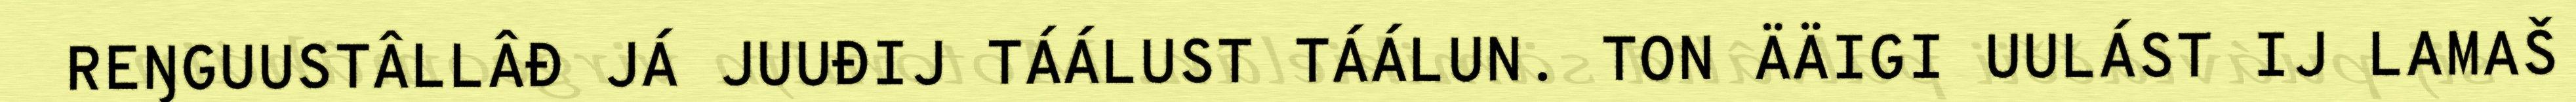
REŊGUUSTÂLLÂĐ JÁ JUUĐIJ TÁÁLUST TÁÁLUN. TON ÄÄIGI UULÁST IJ LAMAŠ